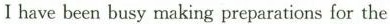
I have been busy making preparations for the